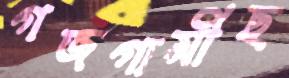
গজগামীছ